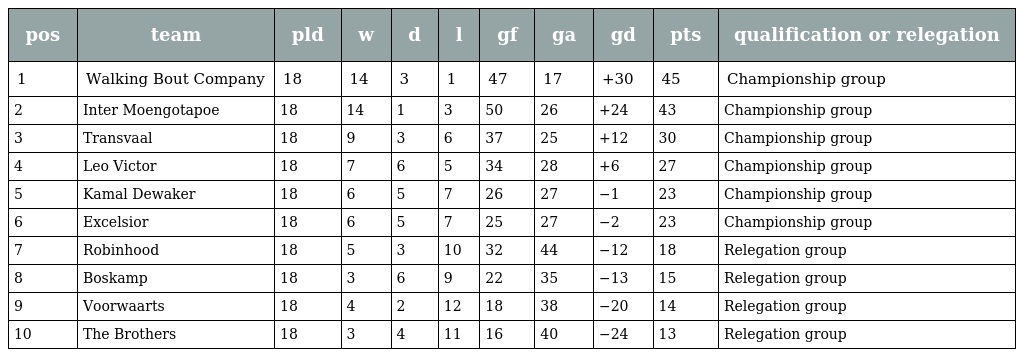
| pos | team | pld | w | d | l | gf | ga | gd | pts | qualification or relegation |
 | --- | --- | --- | --- | --- | --- | --- | --- | --- | --- | --- |
 | 1 | Walking Bout Company | 18 | 14 | 3 | 1 | 47 | 17 | +30 | 45 | Championship group |
 | 2 | Inter Moengotapoe | 18 | 14 | 1 | 3 | 50 | 26 | +24 | 43 | Championship group |
 | 3 | Transvaal | 18 | 9 | 3 | 6 | 37 | 25 | +12 | 30 | Championship group |
 | 4 | Leo Victor | 18 | 7 | 6 | 5 | 34 | 28 | +6 | 27 | Championship group |
 | 5 | Kamal Dewaker | 18 | 6 | 5 | 7 | 26 | 27 | −1 | 23 | Championship group |
 | 6 | Excelsior | 18 | 6 | 5 | 7 | 25 | 27 | −2 | 23 | Championship group |
 | 7 | Robinhood | 18 | 5 | 3 | 10 | 32 | 44 | −12 | 18 | Relegation group |
 | 8 | Boskamp | 18 | 3 | 6 | 9 | 22 | 35 | −13 | 15 | Relegation group |
 | 9 | Voorwaarts | 18 | 4 | 2 | 12 | 18 | 38 | −20 | 14 | Relegation group |
 | 10 | The Brothers | 18 | 3 | 4 | 11 | 16 | 40 | −24 | 13 | Relegation group |